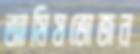
আমিষভোজন